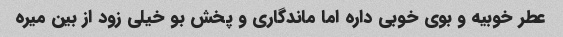
عطر خوبیه و بوی خوبی داره اما ماندگاری و پخش بو خیلی زود از بین میره